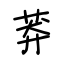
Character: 莽